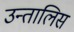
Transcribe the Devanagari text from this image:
उन्तालिस